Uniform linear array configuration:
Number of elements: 8
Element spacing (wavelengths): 1
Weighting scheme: cosine
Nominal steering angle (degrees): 45
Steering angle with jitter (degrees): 44.103
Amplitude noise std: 0.05
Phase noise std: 0.05

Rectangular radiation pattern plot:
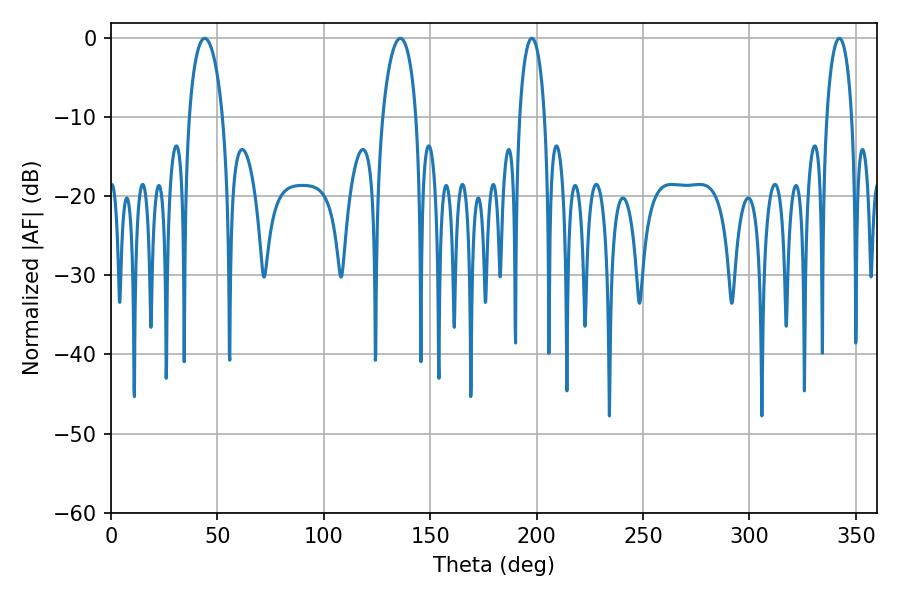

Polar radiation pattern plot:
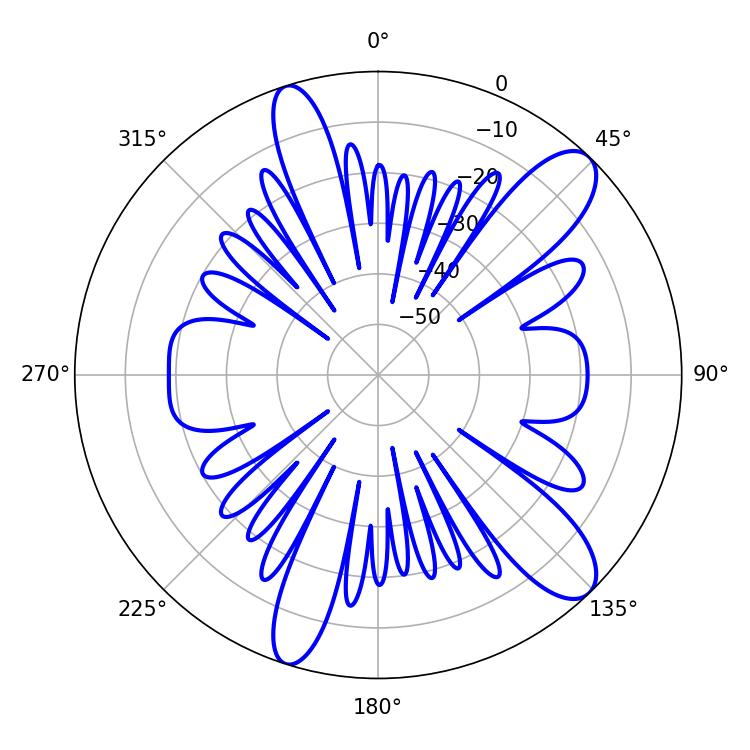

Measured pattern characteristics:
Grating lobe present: TRUE
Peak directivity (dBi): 11.041
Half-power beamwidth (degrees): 9
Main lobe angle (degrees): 44.1